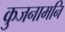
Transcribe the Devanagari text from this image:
कुजनामनि